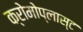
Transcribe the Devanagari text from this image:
क्रोमोप्लास्ट